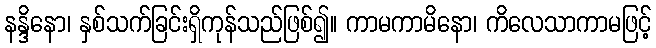
နန္ဒိနော၊ နှစ်သက်ခြင်းရှိကုန်သည်ဖြစ်၍။ ကာမကာမိနော၊ ကိလေသာကာမဖြင့်